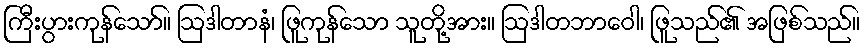
ကြီးပွားကုန်သော်။ ဩဒါတာနံ၊ ဖြူကုန်သော သူတို့အား။ ဩဒါတဘာဝေါ၊ ဖြူသည်၏ အဖြစ်သည်။